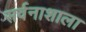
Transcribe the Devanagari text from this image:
सर्वनाशाला